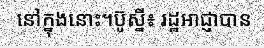
នៅក្នុងនោះ។ប៊ូស្នី៖ រដ្ឋអាជ្ញាបាន